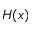
H ( x )